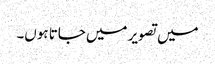
میں تصویر میں جاتا ہوں۔